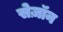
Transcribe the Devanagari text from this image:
सेज़ॉन